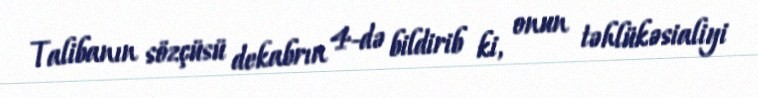
Talibanın sözçüsü dekabrın 4-də bildirib ki, onun təhlükəsialiyi